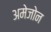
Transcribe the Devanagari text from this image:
अमेजोन